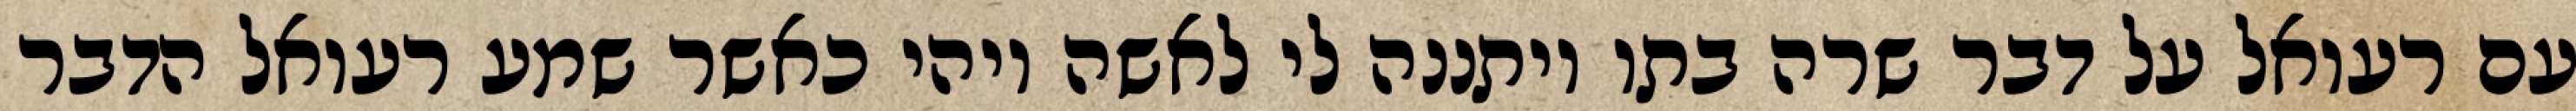
עם רעואל על דבר שרה בתו ויתננה לי לאשה ויהי כאשר שמע רעואל הדבר